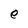
Character: e